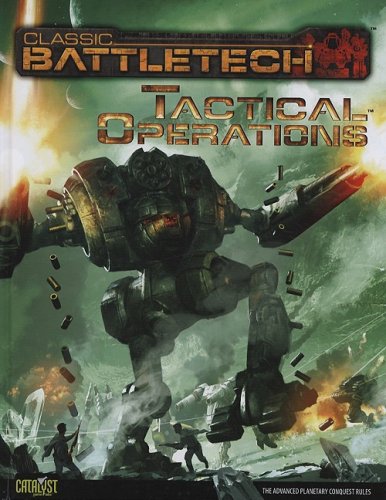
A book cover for Battletech Tactical Operations (Classic Battletech); Catalyst Game Labs; Science Fiction & Fantasy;